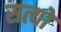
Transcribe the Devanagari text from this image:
सत्यो